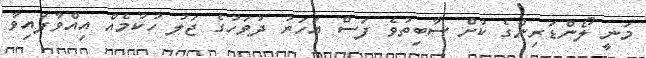
މަނީ ލޯންޑަރިންގެ ކުށް ސާބިތުވެ ފަސް އަހަރު ދުވަހުގެ ޖަލު ހުކުމެއް އިއްވާފައިވާ